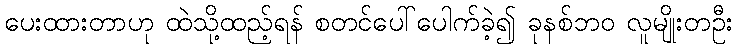
ပေးထားတာဟု ထဲသို့ထည့်ရန် စတင်ပေါ်ပေါက်ခဲ့၍ ခုနစ်ဘ၀ လူမျိုးတဦး